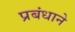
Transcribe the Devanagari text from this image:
प्रबंधाने